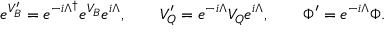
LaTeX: e ^ { V _ { B } ^ { \prime } } = e ^ { - i \Lambda ^ { \dagger } } e ^ { V _ { B } } e ^ { i \Lambda } , \qquad V _ { Q } ^ { \prime } = e ^ { - i \Lambda } V _ { Q } e ^ { i \Lambda } , \qquad \Phi ^ { \prime } = e ^ { - i \Lambda } \Phi .